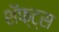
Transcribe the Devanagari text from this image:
शॅफ्ट्स